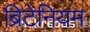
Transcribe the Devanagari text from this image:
ब्रिटेनियम